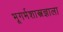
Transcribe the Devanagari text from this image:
भूगर्भशास्त्रज्ञाला